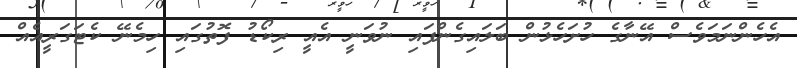
އެހެންނަމަވެސް އޭނާގެ ހުށަހެޅުން ބަލައިގެންފައި ނުވަނީ އެއީ ރިކޯޑު ފޮތުގައި ހިމެނޭ ކެޓަގަރީއެއް